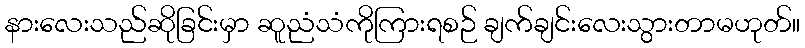
နားလေးသည်ဆိုခြင်းမှာ ဆူညံသံကိုကြားရစဉ် ချက်ချင်းလေးသွားတာမဟုတ်။